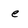
Character: e